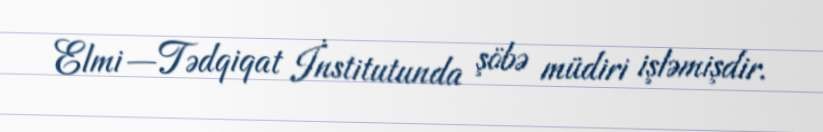
Elmi—Tədqiqat İnstitutunda şöbə müdiri işləmişdir.